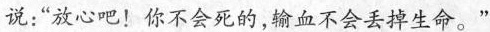
说：”放心吧！你不会死的，输血不会丢掉生命。”